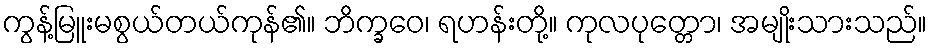
ကွန့်မြူးမစွယ်တယ်ကုန်၏။ ဘိက္ခဝေ၊ ရဟန်းတို့။ ကုလပုတ္တော၊ အမျိုးသားသည်။